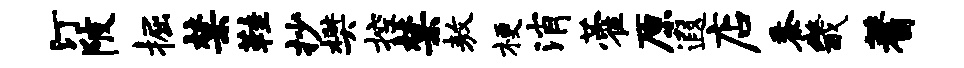
汀陂掘禁鞋抄樊控禁敖梗消藿原遐店黍畿蓍